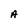
Character: A